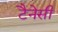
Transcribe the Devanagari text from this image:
टैनेसी